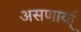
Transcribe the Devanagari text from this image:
असणार्या्